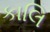
કાલિ